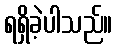
ရရှိခဲ့ပါသည်။